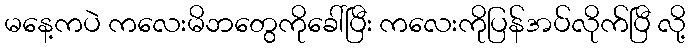
မနေ့ကပဲ ကလေးမိဘတွေကိုခေါ်ပြီး ကလေးကိုပြန်အပ်လိုက်ပြီ လို့